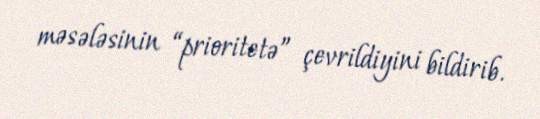
məsələsinin “prioritetə” çevrildiyini bildirib.